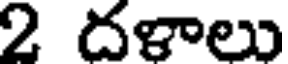
2 దళాలు